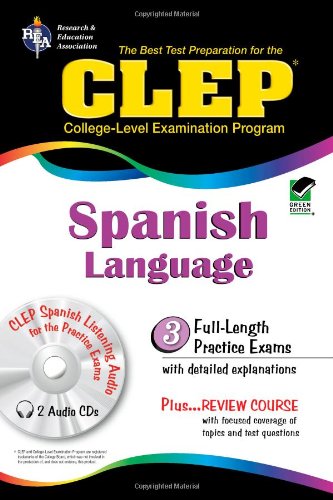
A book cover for Best Test Preparation for the CLEP Spanish Language; Lisa J. Goldman; Test Preparation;